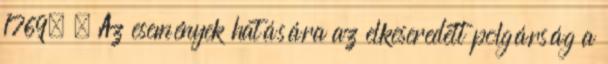
1769. – Az események hatására az elkeseredett polgárság a